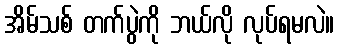
အိမ်သစ် တက်ပွဲကို ဘယ်လို လုပ်ရမလဲ။